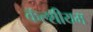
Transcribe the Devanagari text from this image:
कॅल्शीयम